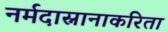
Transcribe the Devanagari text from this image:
नर्मदास्नानाकरिता